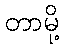
တာမို့